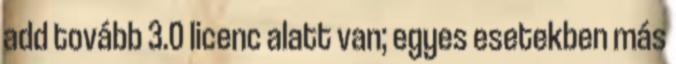
add tovább 3.0 licenc alatt van; egyes esetekben más